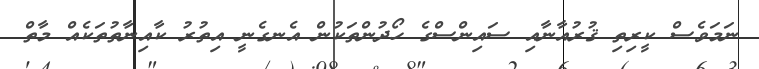
ނަމަވެސް ކީރިތި ޤުރުއާނާއި ސައިންސްގެ ހޯދުންތަކުން އެނގެނީ އިތުރު ކާއިނާތުތަކެއް މާތް